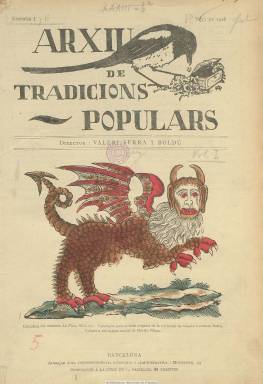
Título: Arxiu de tradicions populars
Colección: Folklore
Ámbito geográfico: Barcelona
Lugar de publicación: Barcelona
Fechas: 01/01/1928-31/12/1935

Publicación que inició el camino de las revistas especializadas en folclore catalán y que está considerada como referente de la investigación catalana en este campo. Con el subtítulo “recodilles a Catalunya, València, Mallorca, Roselló, Sardenya, Andorra i terres aragoneses de parla catalana”, está escrita totalmente en este idioma. Su inspirador y director es el prestigioso folclorista Valeri Serra i Boldú (1874-1938), colaborador del movimiento catalanista desde sus convicciones católicas y su espíritu conservador, y como tal se orientó a ensamblar la tradición popular y la motivación religiosa, tal como recoge el Diccionario histórico de la antropología española.

Con una llamada de su fundador a “salvar las tradiciones”, la labor de la revista será recoger, principalmente, la tradición oral y trasvasarla a material escrito y así preservarla -de ahí el título Arxiu-, así como ofrecer estudios de reconstrucción histórica y comparada, monografías etnográficas y elaborar un corpus teórico sobre la materia. Se estructura en las secciones de Demofilología (literatura oral), Etología (costumbres), Pistología (creencias y supersticiones) y Noticias (de cursos, conferencias, exposiciones, concursos o bibliografía). Publicará también algunos artículos sobre folclore aranés, castellano, gallego o portugués.

Sus textos están profusamente ilustrados con reproducciones de goigs = gozos (composiciones poéticas populares cantadas a la virgen en romerías o procesiones), aucas = aleluyas (estampas acompañadas de versos), ventalls, bojes, pliegos de cordel, estampas, grabados, dibujos o viñetas, y algunas páginas, de papel de mejor calidad, están dedicadas íntegramente a fotograbados (reproducciones artísticas, etc.).

Los fascículos de la publicación son de 64 páginas, compuestas a dos columnas, acompañados de una cubierta ilustrada, estampada a varias tintas, y varias páginas con inserciones publicitarias, por lo que la entrega puede alcanzar en algún momento las 72 páginas. Su aparición fue irregular, el primero es de mayo de 1928; el segundo corresponde a este mismo año; el tercero, el cuarto y el quinto, a 1929, y el sexto, al año 1932. Todos ellos tienen paginación continuada, formando un primer volumen. El fascículo siete corresponde a mayo de 1935 e inicia numeración. El proyecto de Serra era componer un segundo volumen con otros seis fascículos, pero sólo debió dar a la imprenta hasta el número ocho. Fue una publicación dirigida a suscriptores y en su plan también incluyó la impresión de 125 ejemplares numerados e identificados con el nombre de cada suscriptor cooperador, acompañados de láminas. Fueron estampados en la Imprenta de la Casa de Caritat y la correspondencia administrativa estuvo en el domicilio de Editorial Orbis.

El fascículo seis contiene índices de materias y sumarios del primer volumen. En sus páginas colaboran los principales folcloristas catalanes de la época. Aparecen las firmas, además de la de su director, de Rossend Serra i Pagès, Sebastià Fornés, Joan Amades, Josep Navarro i Cabanes o moseèn Antoni Navarro, entre otras muchas. Las de literatos, como moseèn Jacint Verdaguer (al que Serra reivindicó), Apel.les Mestres o Víctor Català; las de lingüistas, como Antoni Griera y Antoni Maria Alcover, así como de otros eruditos y aficionados. Destaca también entre sus colaboraciones las firmas de hasta treinta y dos autoras, entre las que se encuentran Sara Llorenç de Serra, Josefa Solsona de Bertrans, Angela Maleras, Carmen Dore, Antònia Solà i Ibós, Mercè Teixidó, Carmen Miralles o sor Eulàlia Anzizu, de cuya labor en la revista ha dado cuenta una investigación de Carme Oriol Carazo.